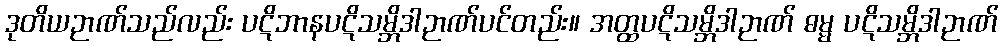
ဒုတိယဉာဏ်သည်လည်း ပဋိဘာနပဋိသမ္ဘိဒါဉာဏ်ပင်တည်း။ အတ္ထပဋိသမ္ဘိဒါဉာဏ် ဓမ္မ ပဋိသမ္ဘိဒါဉာဏ်